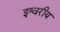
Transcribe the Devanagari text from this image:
इश्वरीय